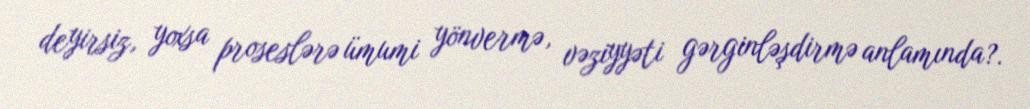
deyirsiz, yoxsa proseslərə ümumi yönvermə, vəziyyəti gərginləşdirmə anlamında?.